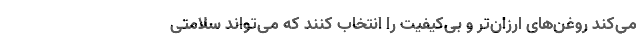
می‌کند روغن‌های ارزان‌تر و بی‌کیفیت را انتخاب کنند که می‌تواند سلامتی